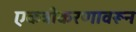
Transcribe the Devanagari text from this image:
एकत्रीकरणावरून